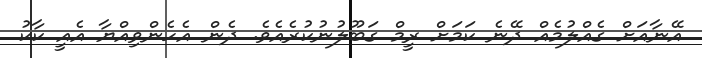
އޭނާއަށް ގެއްލުމެއް ދޭނެ ކަމަށް ރީމް ގަބޫލުނުކުރެއެވެ. ދެން އެހެންވިއްޔާ އެއީ ކާކު